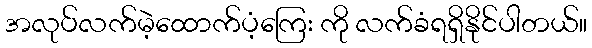
အလုပ်လက်မဲ့ထောက်ပံ့ကြေး ကို လက်ခံရရှိနိုင်ပါတယ်။